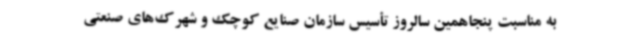
به مناسبت پنجاهمین سالروز تأسیس سازمان صنایع کوچک و شهرک‌های صنعتی